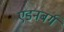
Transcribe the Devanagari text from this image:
एडनबर्ग